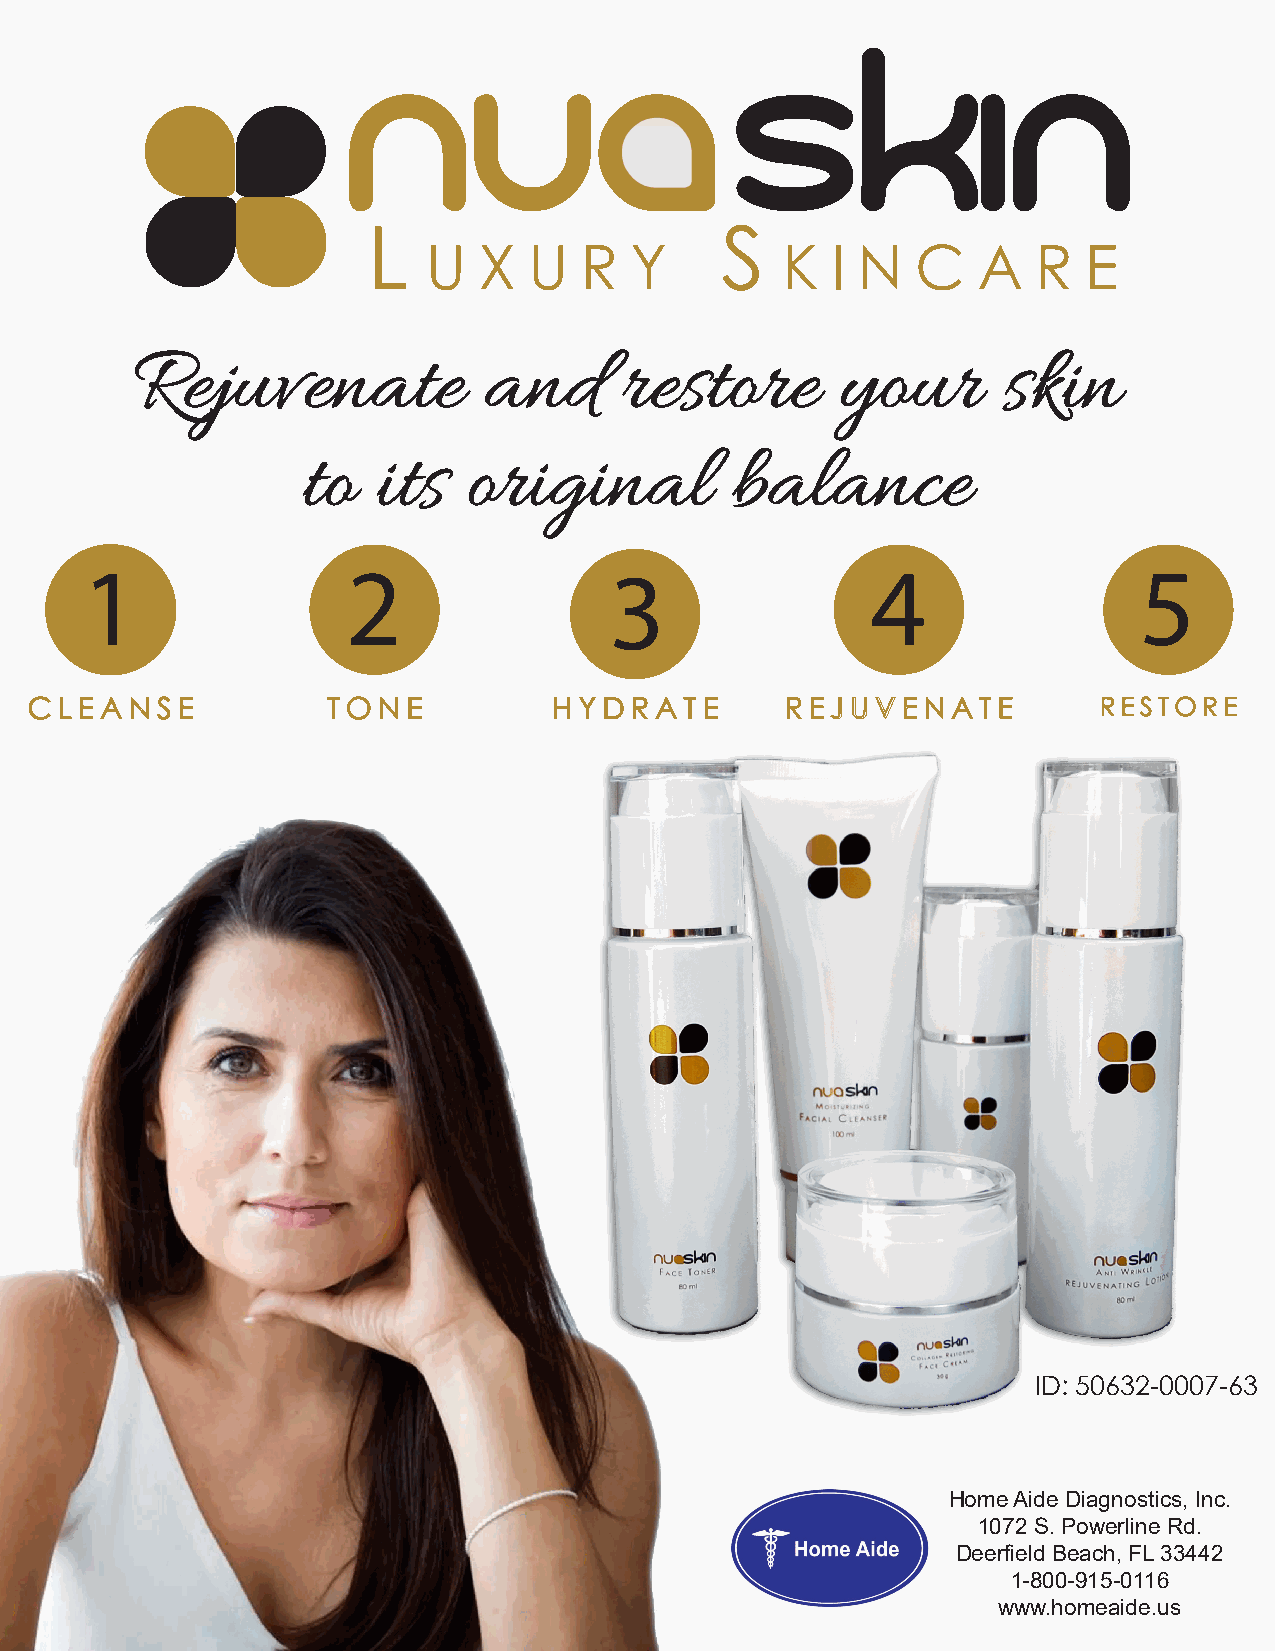
L                       S
 U   X  U  R   Y         K  I N   C   A   R  E
 Rejuvenate             and      restore        your      skin
 to   its   original         balance
 1                 2                3                 4                5
 CLEANSE             TONE           HYDRATE        REJUVENATE           RESTORE
 ID: 50632-0007-63
 Home Aide Diagnostics, Inc.
 1072 S. Powerline Rd.
 Deerfield Beach, FL 33442
 1-800-915-0116
 www.homeaide.us